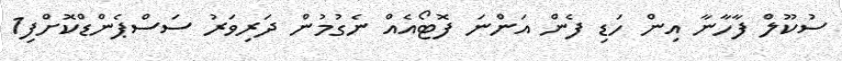
ސުކޫލް ފާހާނާ އިން ހަޑި ފެން އަންނަ ފޮޓޯއެއް ނެގުމުން ދަރިވަރު ސަސްޕެންޑްކޮށްފި1